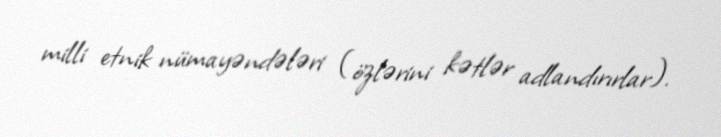
milli etnik nümayəndələri (özlərini kətlər adlandırırlar).